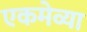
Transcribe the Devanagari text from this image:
एकमेव्या